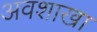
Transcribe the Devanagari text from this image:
अवशाखा